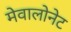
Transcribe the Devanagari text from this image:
मेवालोनेट